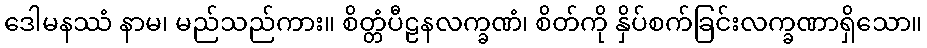
ဒေါမနဿံ နာမ၊ မည်သည်ကား။ စိတ္တံပီဠနလက္ခဏံ၊ စိတ်ကို နှိပ်စက်ခြင်းလက္ခဏာရှိသော။